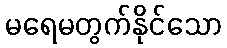
မရေမတွက်နိုင်သော